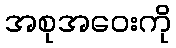
အစုအဝေးကို